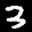
Label: 3